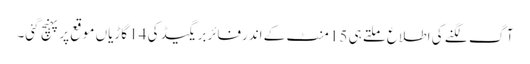
آگ لگنے کی اطلاع ملتے ہی 15 منٹ کے اندرفائربریگیڈ کی 14 گاڑیاں موقع پرپہنچ گئی۔